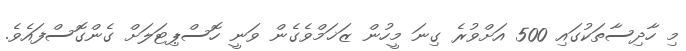
މި ހާދިސާތަކުގައި 500 އަށްވުރެ ގިނަ މީހުން ޒަޚަމްވެގެން ވަނީ ހޮސްޕިޓަލަށް ގެންގޮސްފައެވެ.